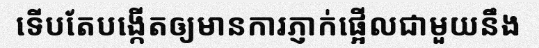
ទើបតែបង្កើតឲ្យមានការភ្ញាក់ផ្អើលជាមួយនឹង